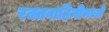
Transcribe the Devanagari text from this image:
रक्तवाहिनीमध्ये